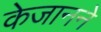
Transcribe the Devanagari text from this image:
केजानने